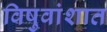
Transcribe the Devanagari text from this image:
विषुवांशात